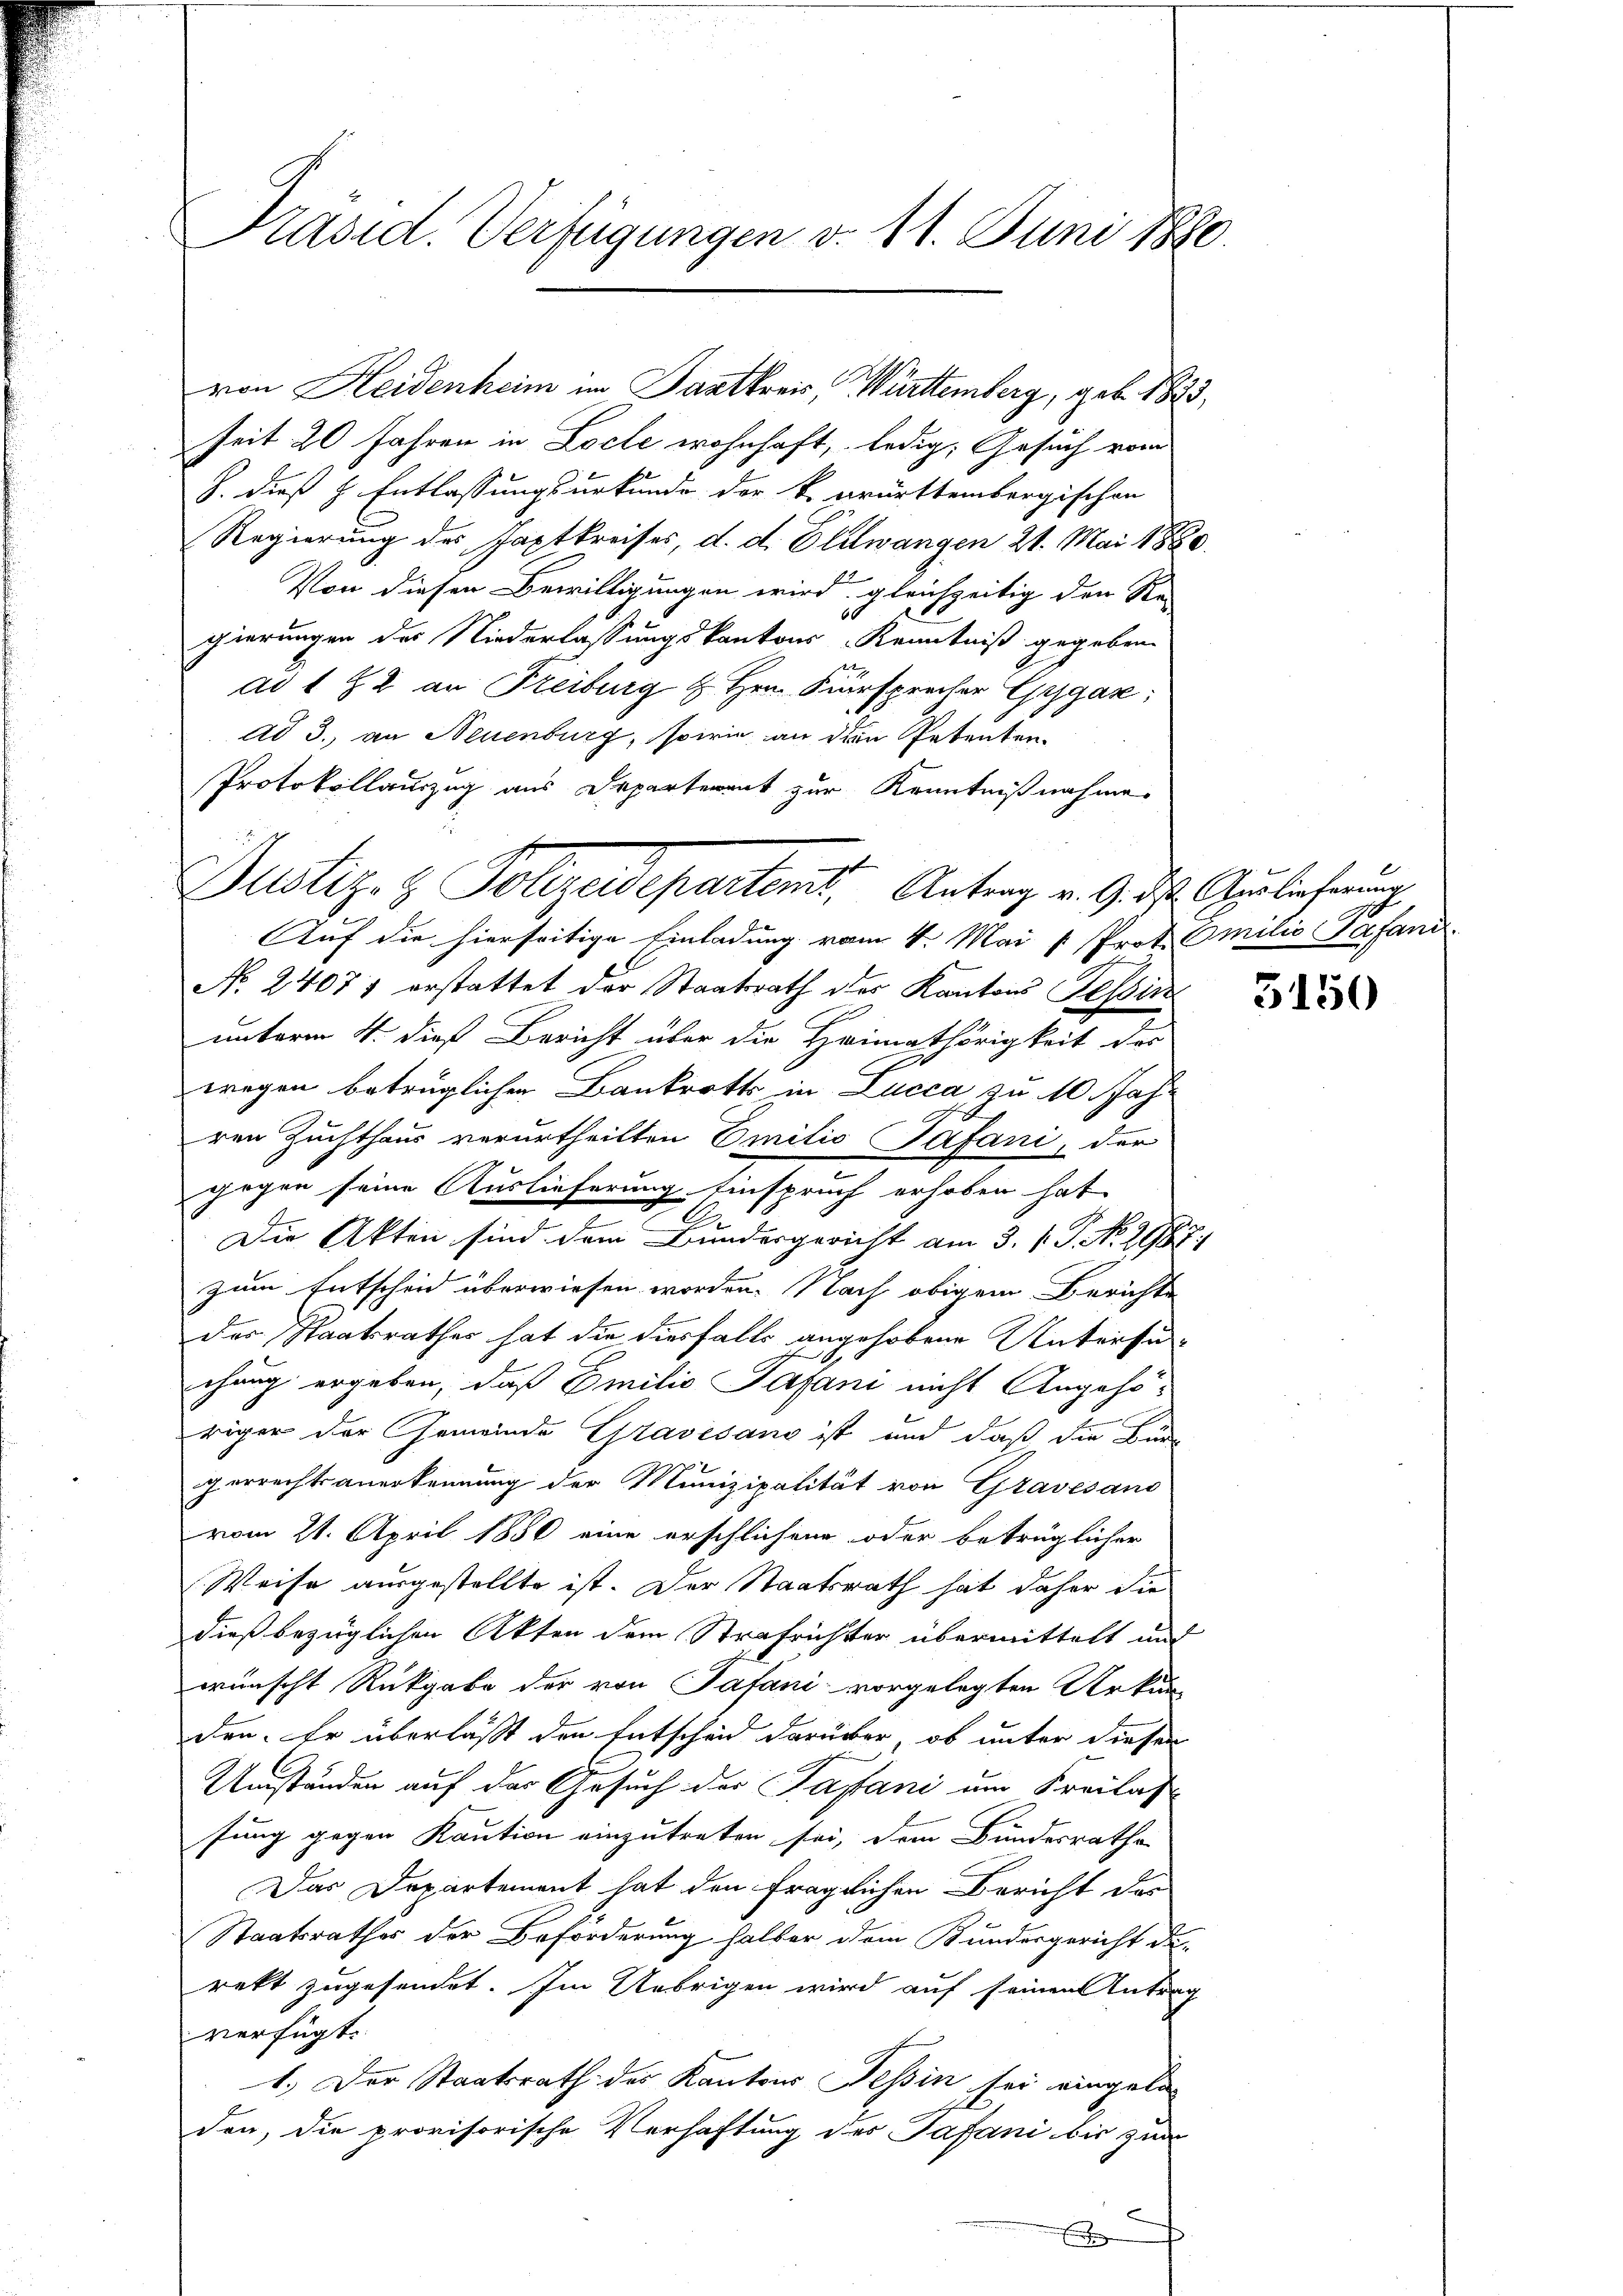
Präsid. Verfügungen v. 11. Juni 1890.

seit 20 Jahren in Locle wohnhaft, ledig, Gesuch vom
S. dieß H. Entlassungsurkunde der k. Brürttembergischen
Regierung des Japtkreises, d. d. Ellwangen 21. Mai 1880.
Von diesen Bewilligungen wird, gleichzeitig den Re-
60
gierungen des Niederlassungskantons Kenntniß gegeben.
ad 172 an Freiburg & Hrn. Fürsprecher Gygas:
ad 3., an Neuenburg, sowie an dem Petenten.
Protokollauszug aus Departerent zur Kenntnißnahme
Auf die hierseitige Einladung vom 4. Mai v. Prot. Omilio Gafand.
No. 24071 erstattet der Staatsrath des Kantons Tessin
unterm 4. dieß Bericht über die Heimathörigkeit der
r
wegen betrüglichen Bankrotts in Lucca, zu 10 Jahren Zuchthaus verurtheilten Emilio Safani, der
gegen seine Auslieferung Einspruch erhoben hat.
.
Die Akten sind dem Bundesgericht am 3. V. P. No. 2987.
zum Entscheid überwiesen worden. Nach obigem Berichte
der Staatsrathes hat die diesfalls angehobene Untersu
chung ergeben, daß Emilio Japani nicht Angehö-
riger der Gemeinde Gravesano ist und daß die Bürg
gerrechts anerkennung der Munizipalität von Gravesand
vom 21. April 1850 eine erschlichene oder betrüglicher
Weise ausgestellte ist. Der Staatsrath hat daher die
dieß bezüglichen Akten dem Strafrichter übermittelt und
wünscht Rückgabe der von Safani vorgelegten Urkun
den. Er überläßt den Entscheid darüber, ob unter diesen
Umständen auf der Gesuch der Papani um Freilass
sung gegen Kaution einzutreten sei, dem Bundesrathe
Das Departement hat den fraglichen Bericht des
Staatsrathes der Beförderung halber dem Bundesgericht da-
rekt zugesendet. Im Uebrigen wird auf seinen Antrag
verfügt:
1.) Der Staatsrath des Kantons Tessin sei eingela
den, die provisorische Verhaftung der Tafani bis zum
E

Dustiz- & Polizeidepartenst. Antrag v. 9. ds. Auslieferung

von Heidenheim im Saatkreis, Württemberg, geb. 1823.

3150